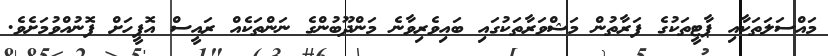
މައްސަލަތަކާއި ޕާޓީތަކުގެ ފަރާތުން މަޝްވަރާތަކުގައި ބައިވެރިވާނެ މަންދޫބުންގެ ނަންތަކެއް ރައީސް އޮފީހަށް ފޮނުއްވުމަށެވެ.